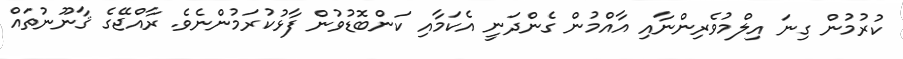
ކުރުމުން ގިނަ އިލްމުވެރިންނާއި އާއްމުން ގެންދަނީ އެކަމާއި ކަންބޮޑުވުން ފާޅުކުރަމުންނެވެ. ރާއްޖޭގެ ޤާނޫނުތައް